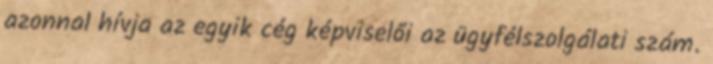
azonnal hívja az egyik cég képviselői az ügyfélszolgálati szám.